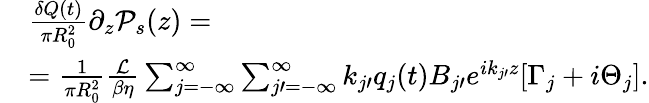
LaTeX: \begin{array}{rl}&{\frac{\delta Q(t)}{\pi R_{0}^{2}}\partial_{z}\mathcal{P}_{s}(z)=}\\ &{=\frac{1}{\pi R_{0}^{2}}\frac{\mathcal{L}}{\beta\eta}\sum_{j=-\infty}^{\infty}\sum_{j\prime=-\infty}^{\infty}k_{j\prime}q_{j}(t)B_{j\prime}e^{ik_{j\prime}z}[\Gamma_{j}+i\Theta_{j}].}\end{array}